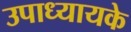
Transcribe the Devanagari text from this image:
उपाध्यायके